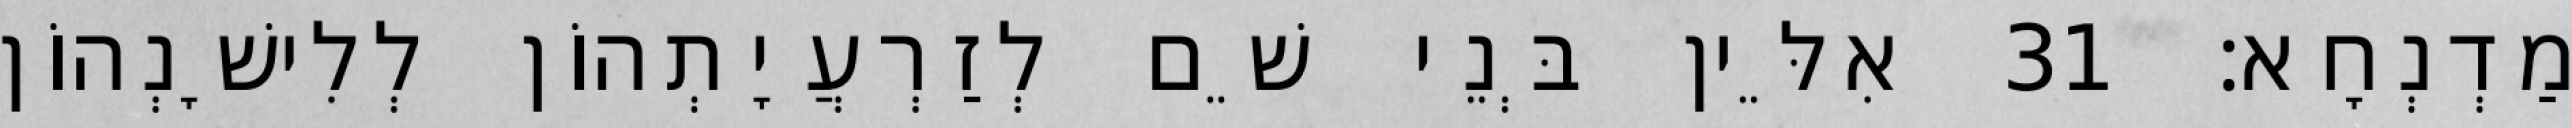
מַדְנְחָא׃ 31 אִלֵּין בְּנֵי שֵׁם לְזַרְעֲיָתְהוֹן לְלִישָׁנְהוֹן